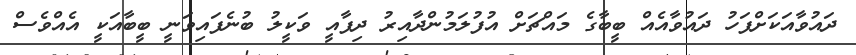
ދައުވާއަކަށްފަހު ދައުވާއެއް ބީބާގެ މައްޗަށް އުފުލަމުންދާއިރު ދިފާއީ ވަކީލު ބުނެފައިވަނީ ބީބާއަކީ އެއްވެސް